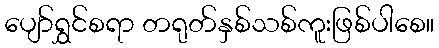
ပျော်ရွှင်စရာ တရုတ်နှစ်သစ်ကူးဖြစ်ပါစေ။